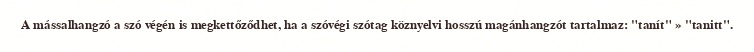
A mássalhangzó a szó végén is megkettőződhet, ha a szóvégi szótag köznyelvi hosszú magánhangzót tartalmaz: "tanít" » "tanitt".